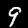
Label: 9